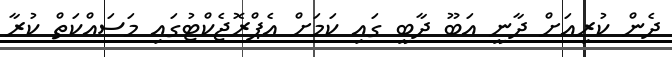
ދެން ކުރިއަށް ދާނީ އަބޫ ދާބީ ގައި ކަމަށް އެޕްރޮޖެކްޓުގައި މަސައްކަތް ކުރާ